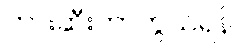
တားဆီးကာကွယ်ရန်